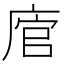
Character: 𢉂